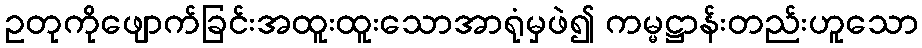
ဥတုကိုဖျောက်ခြင်းအထူးထူးသောအာရုံမှဖဲ၍ ကမ္မဋ္ဌာန်းတည်းဟူသော